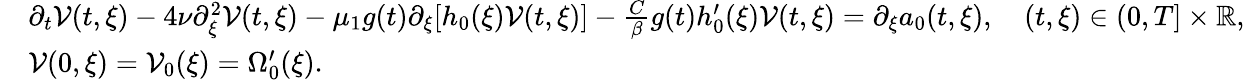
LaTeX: \begin{array}{rl}&{\partial_{t}\mathcal{V}(t,\xi)-4\nu\partial_{\xi}^{2}\mathcal{V}(t,\xi)-\mu_{1}g(t)\partial_{\xi}[h_{0}(\xi)\mathcal{V}(t,\xi)]-\frac{C}{\beta}g(t)h_{0}^{\prime}(\xi)\mathcal{V}(t,\xi)=\partial_{\xi}a_{0}(t,\xi),\quad(t,\xi)\in(0,T]\times\mathbb{R},}\\ &{\mathcal{V}(0,\xi)=\mathcal{V}_{0}(\xi)=\Omega_{0}^{\prime}(\xi).}\end{array}